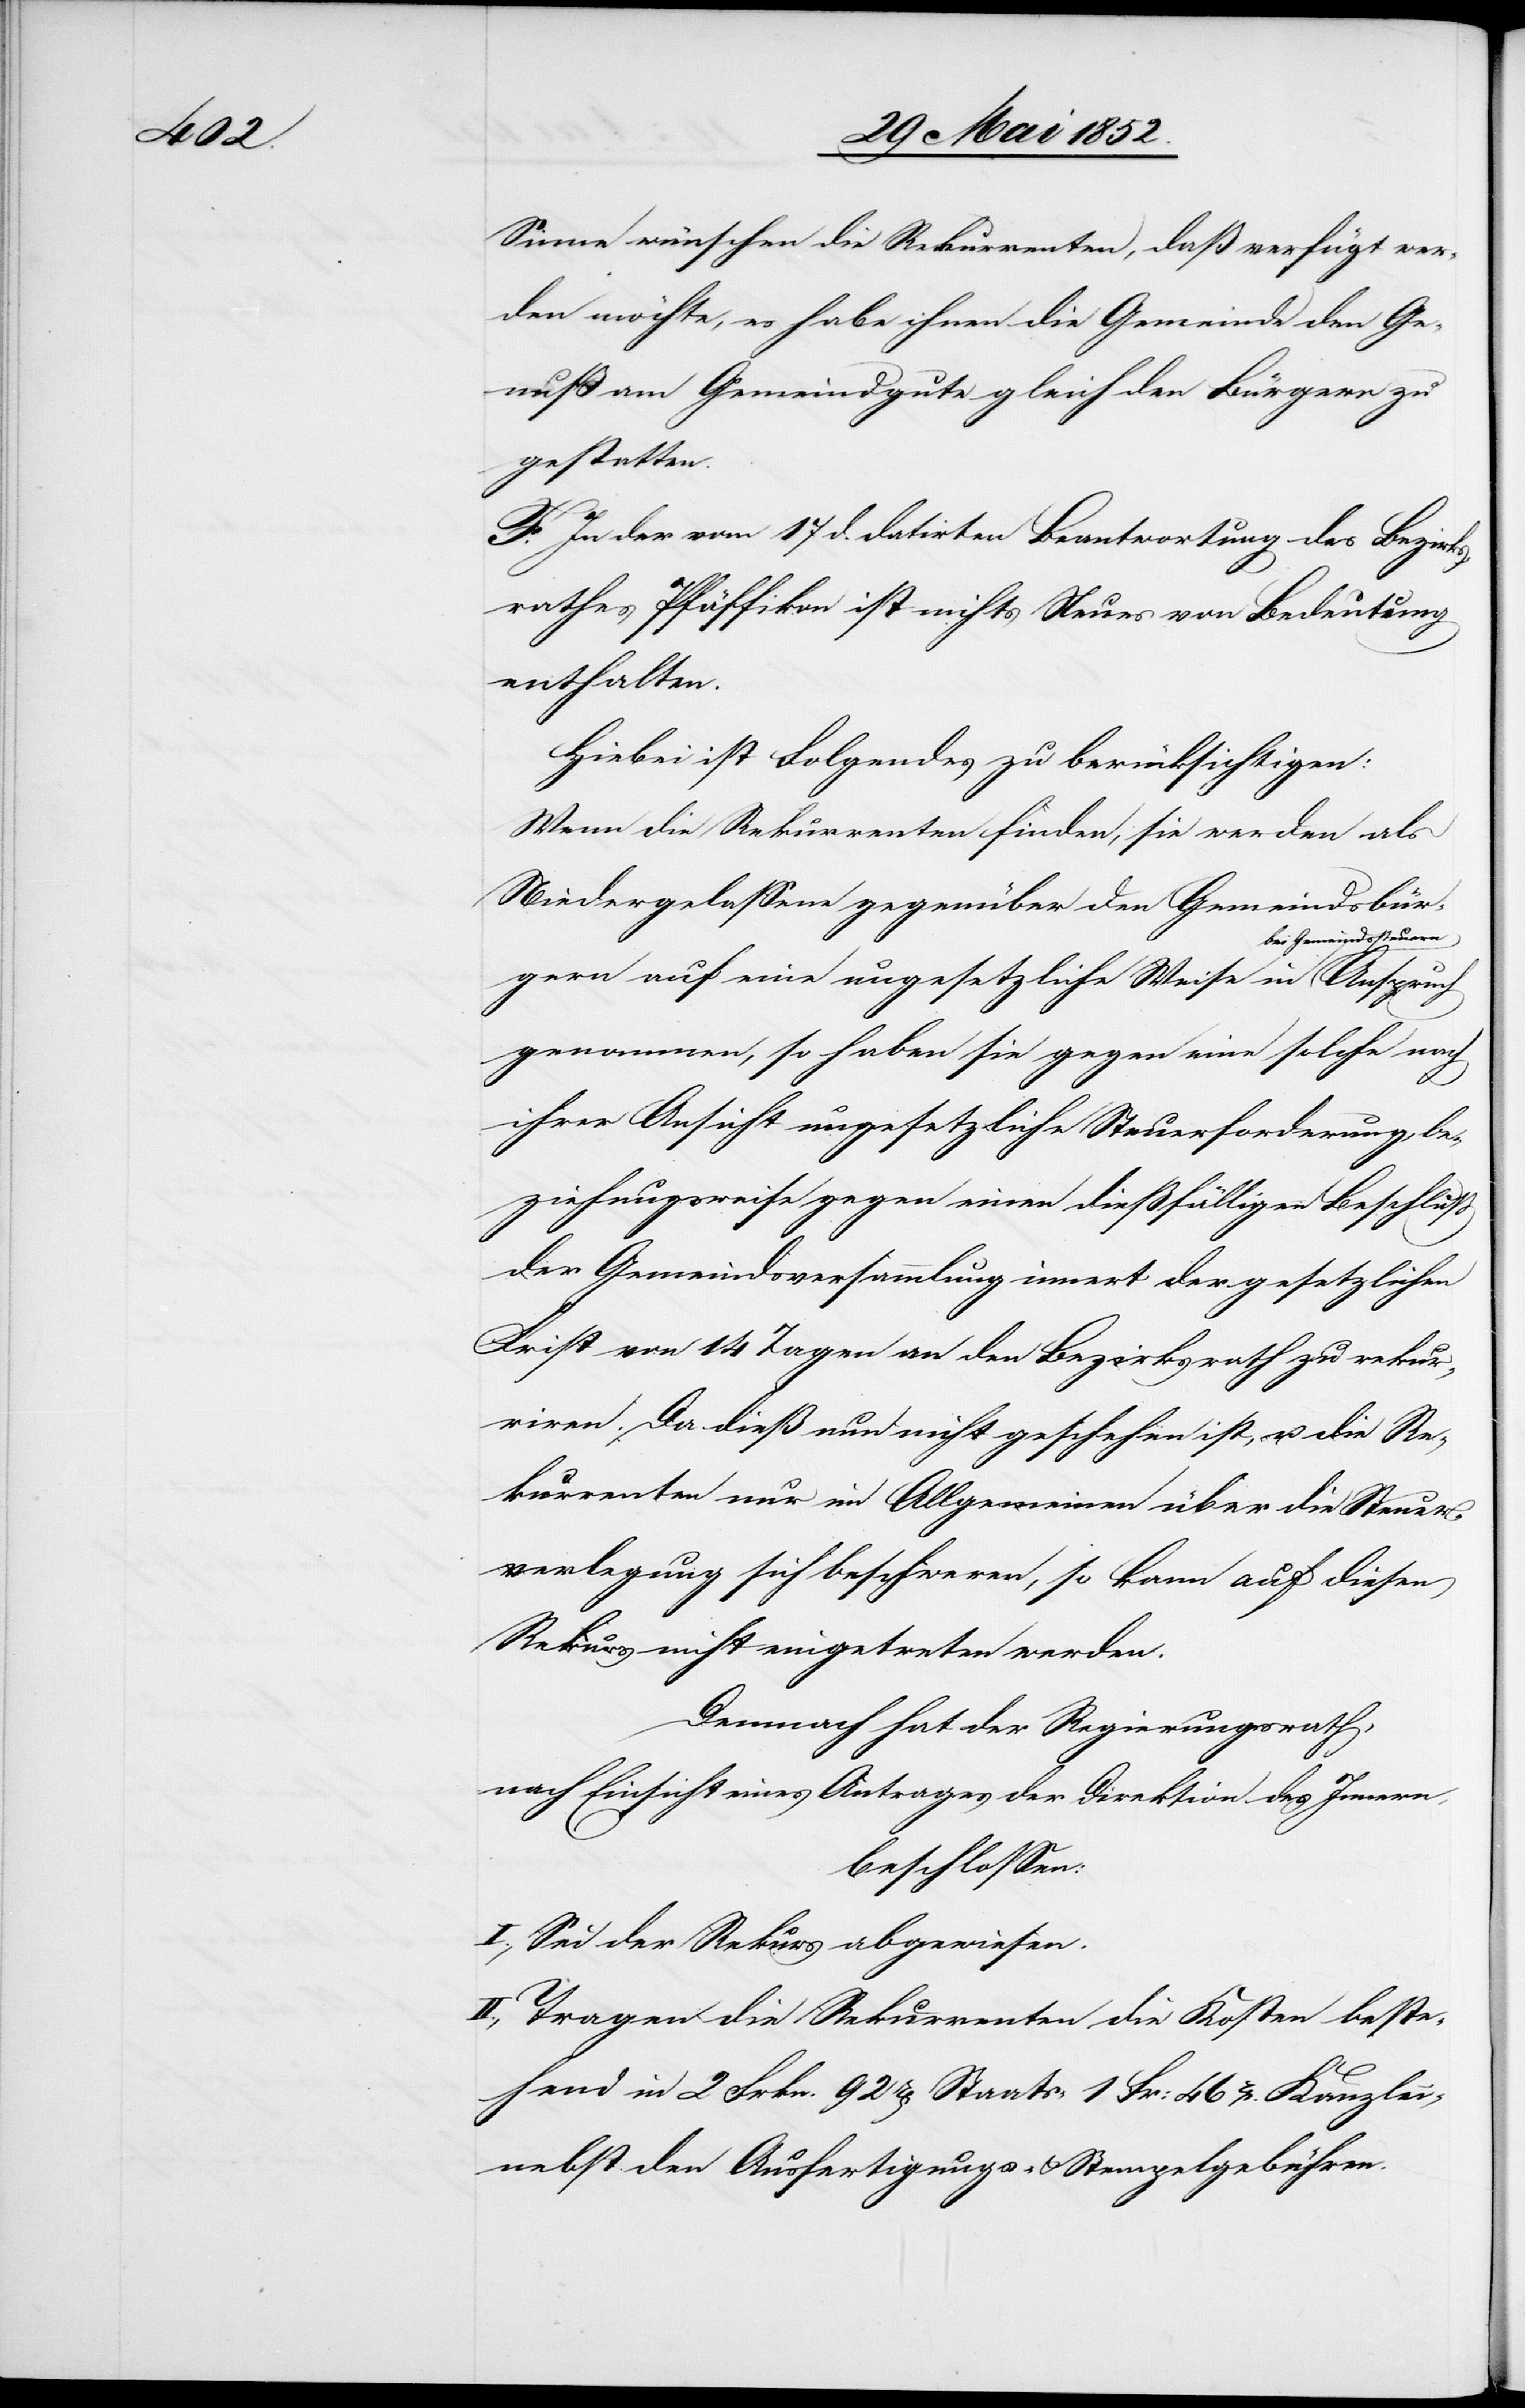
Sinne wünschen die Rekurrenten, daß verfügt wer¬
den möchte, es habe ihnen die Gemeinde den Ge¬
nuß am Gemeindgute gleich den Bürgern zu
gestatten.
F. In der vom 17 d. datirten Beantwortung des Bezirks¬
rathes Pfäffikon ist nichts Neues von Bedeutung
enthalten.
Hiebei ist Folgendes zu berücksichtigen:
Wenn die Rekurrenten finden, sie werden als
Niedergelassene gegenüber den Gemeindsbür¬
bei Gemeindssteuern
gern auf eine ungesetzliche Weise in [sic!]
genommen, so haben sie gegen eine solche nach
ihrer Ansicht ungesetzliche Steuerforderung, be¬
ziehungsweise gegen einen dießfälligen Beschluss
der Gemeindsversammlung innert der gesetzlichen
Frist von 14 Tagen an den Bezirksrath zu rekur¬
riren. Da dieß nun nicht geschehen ist, u. die Re¬
kurrenten nur im Allgemeinen über die Steuer¬
verlegung sich beschweren, so kann auf diesen
Rekurs nicht eingetreten werden.
Demnach hat der Regierungsrath,
nach Einsicht eines Antrages der Direktion des Innern,
beschlossen:
I., Sei der Rekurs abgewiesen.
II., Tragen die Rekurrenten die Kosten beste¬
hend in 2 Frkn. 92rp[en] Staats-[,] 1 Fr: 46rp. Kanzlei-[,]
nebst den Ausfertigungs- & Stempelgebühren.